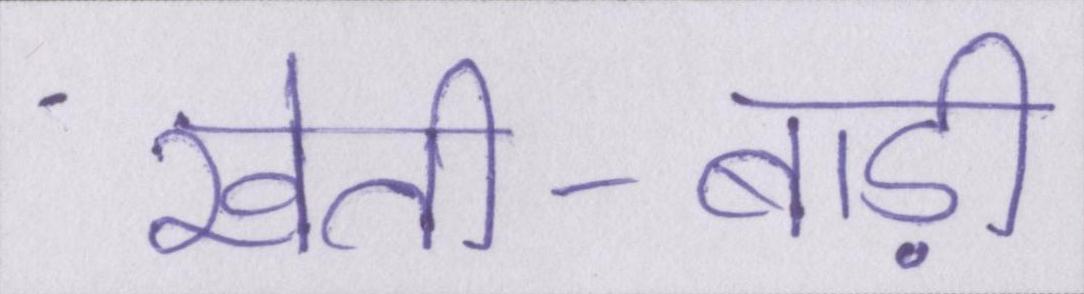
खेती-बाड़ी